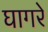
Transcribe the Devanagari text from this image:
घागरे